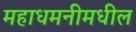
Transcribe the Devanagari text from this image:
महाधमनीमधील